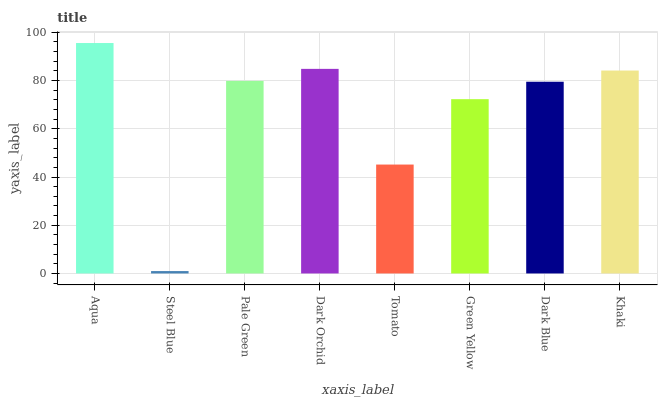
| xaxis_label | bars |
 | --- | --- |
 | Aqua | 95.6 |
 | Steel Blue | 0.993 |
 | Pale Green | 79.9 |
 | Dark Orchid | 84.9 |
 | Tomato | 45.2 |
 | Green Yellow | 72.3 |
 | Dark Blue | 79.5 |
 | Khaki | 84.2 |